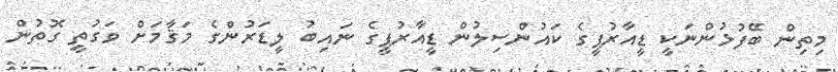
މިތިން ބޭފުޅުންނަކީ ޑީއާރުޕީގެ ކައުންސިލުން ޑީއާރުޕީގެ ނައިބު ލީޑަރުންގެ މަޤާމަށް ވަގުތީ ގޮތުން